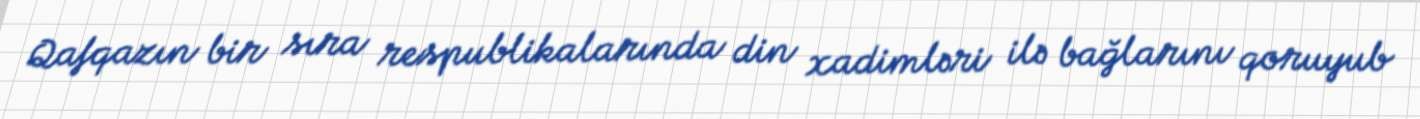
Qafqazın bir sıra respublikalarında din xadimləri ilə bağlarını qoruyub